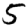
Digit: 5